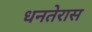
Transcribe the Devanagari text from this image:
धनतेरास